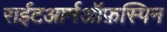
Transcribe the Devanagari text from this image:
राईटआर्मऑफ़स्पिन